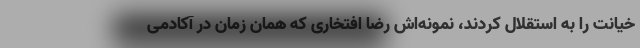
خیانت را به استقلال کردند، نمونه‌اش رضا افتخاری که همان زمان در آکادمی